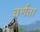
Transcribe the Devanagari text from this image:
वर्णता